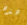
هذه